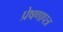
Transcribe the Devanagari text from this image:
प्रेषणापत्र